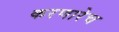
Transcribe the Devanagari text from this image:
करणारेच